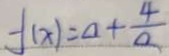
f ( x ) = a + \frac { 4 } { a }